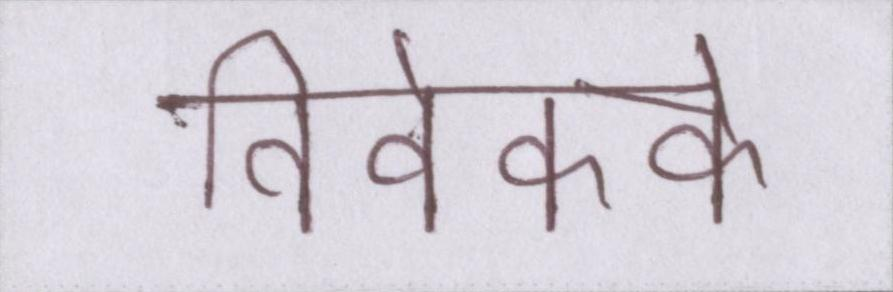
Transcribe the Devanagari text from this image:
विवेकके